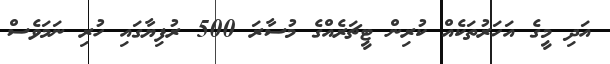
އަދި މީގެ އަހަރުތަކެއް ކުރިން ޓީޗަރެއްގެ މުސާރަ 500 ރުފިޔާގައި ހުރި ނަމަވެސް